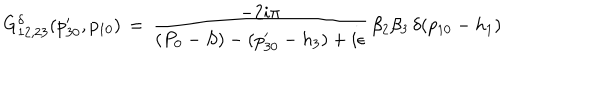
G _ { 1 2 , 2 3 } ^ { \delta } ( p _ { 3 0 } ^ { \prime } , p _ { 1 0 } ) \, = \, { \frac { - 2 i \pi } { ( P _ { 0 } - S ) - ( p _ { 3 0 } ^ { \prime } - h _ { 3 } ) + i \epsilon } } \, \beta _ { 2 } \beta _ { 3 } \, \delta ( p _ { 1 0 } - h _ { 1 } )